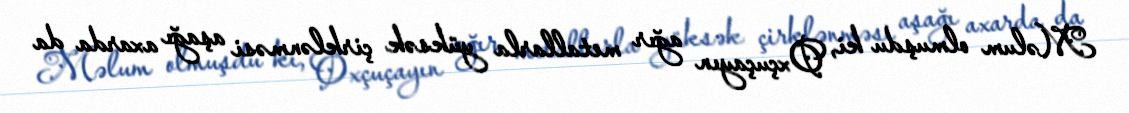
Məlum olmuşdu ki, Oxçuçayın ağır metallarla yüksək çirklənməsi aşağı axarda da